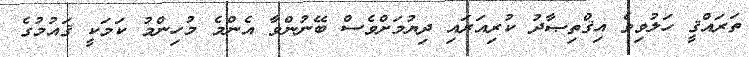
ތަރައްޤީ ހަލުވިވެ އިޤްތިޞާދު ކުރިއަރައި ދިޔުމަށްވެސް ބޭނުންވާ އެންމެ މުހިންމު ކަމަކީ ޤައުމުގެ